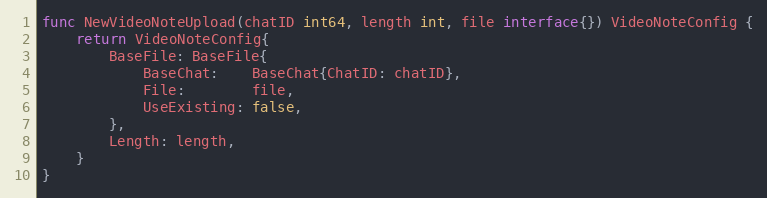
Language: Go
func NewVideoNoteUpload(chatID int64, length int, file interface{}) VideoNoteConfig {
	return VideoNoteConfig{
		BaseFile: BaseFile{
			BaseChat:    BaseChat{ChatID: chatID},
			File:        file,
			UseExisting: false,
		},
		Length: length,
	}
}